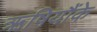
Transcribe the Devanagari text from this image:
ऋषियौंके